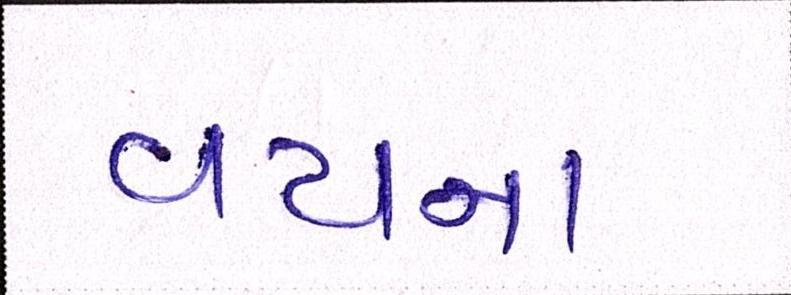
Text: વયના